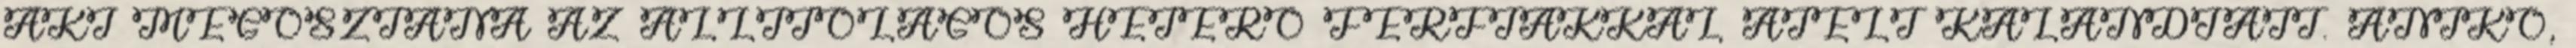
AKI MEGOSZTANÁ AZ ÁLLÍTÓLAGOS HETERÓ FÉRFIAKKAL ÁTÉLT KALANDJAIT. ANIKÓ,